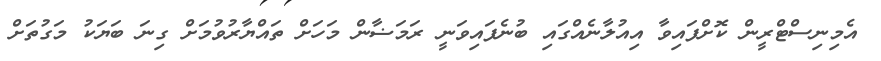
އެމިނިސްޓްރީން ކޮށްފައިވާ އިއުލާނެއްގައި ބުނެފައިވަނީ ރަމަޟާން މަހަށް ތައްޔާރުވުމަށް ގިނަ ބަޔަކު މަގުތަށް